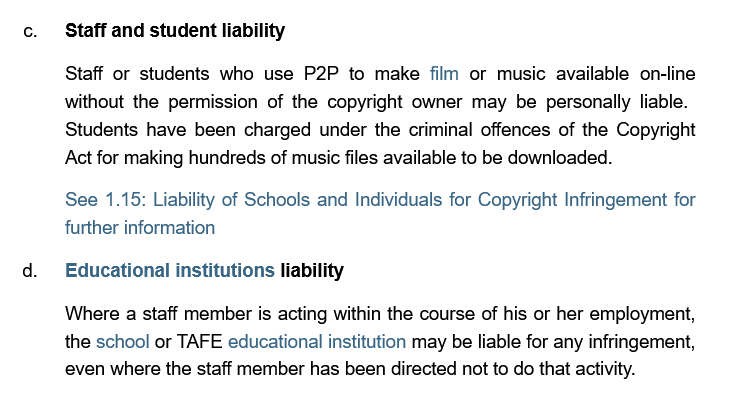
Staff and student liability
     Staff or students who use P2P to make film or music available on-line
     without the permission of the copyright owner may be personally liable.
     Students have been charged under the criminal offences of the Copyright
     Act for making hundreds of music files available to be downloaded.
     See 1.15: Liability of Schools and Individuals for Copyright Infringement for
     further information
     Educational institutions li
     Nhere a staff member is acting within the course of his or her employment,
     he school or TAFE educational institution may be liable for any infringement,
     >ven where the staff member has been directed not to do that activity.